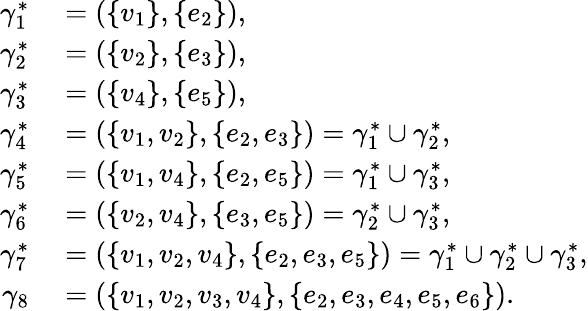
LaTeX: \begin{array}{rl}{\gamma_{1}^{\ast}}&{{}=(\{ v_{1}\} ,\{ e_{2}\} ),}\\ {\gamma_{2}^{\ast}}&{{}=(\{ v_{2}\} ,\{ e_{3}\} ),}\\ {\gamma_{3}^{\ast}}&{{}=(\{ v_{4}\} ,\{ e_{5}\} ),}\\ {\gamma_{4}^{\ast}}&{{}=(\{ v_{1},v_{2}\} ,\{ e_{2},e_{3}\} )=\gamma_{1}^{\ast}\cup\gamma_{2}^{\ast},}\\ {\gamma_{5}^{\ast}}&{{}=(\{ v_{1},v_{4}\} ,\{ e_{2},e_{5}\} )=\gamma_{1}^{\ast}\cup\gamma_{3}^{\ast},}\\ {\gamma_{6}^{\ast}}&{{}=(\{ v_{2},v_{4}\} ,\{ e_{3},e_{5}\} )=\gamma_{2}^{\ast}\cup\gamma_{3}^{\ast},}\\ {\gamma_{7}^{\ast}}&{{}=(\{ v_{1},v_{2},v_{4}\} ,\{ e_{2},e_{3},e_{5}\} )=\gamma_{1}^{\ast}\cup\gamma_{2}^{\ast}\cup\gamma_{3}^{\ast},}\\ {\gamma_{8}}&{{}=(\{ v_{1},v_{2},v_{3},v_{4}\} ,\{ e_{2},e_{3},e_{4},e_{5},e_{6}\} ).}\end{array}